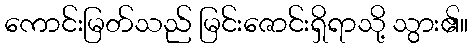
ကောင်းမြတ်သည် မြင်းဇောင်းရှိရာသို့ သွား၏။